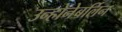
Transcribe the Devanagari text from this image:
उन्होनेबर्लिन